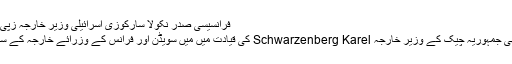
فرانسیسی صدر نکولا سارکوزی اسرائیلی وزیر خارجہ زپی لیونی کے ہمراہ پیرس میں
یورپی یونین کا امن مشن بھی جمہوریہ چیک کے وزیر خارجہ Schwarzenberg Karel کی قیادت میں میں سویڈن اور فرانس کے وزرائے خارجہ کے ساتھ خطّے میں پہنچ گیا ہے۔